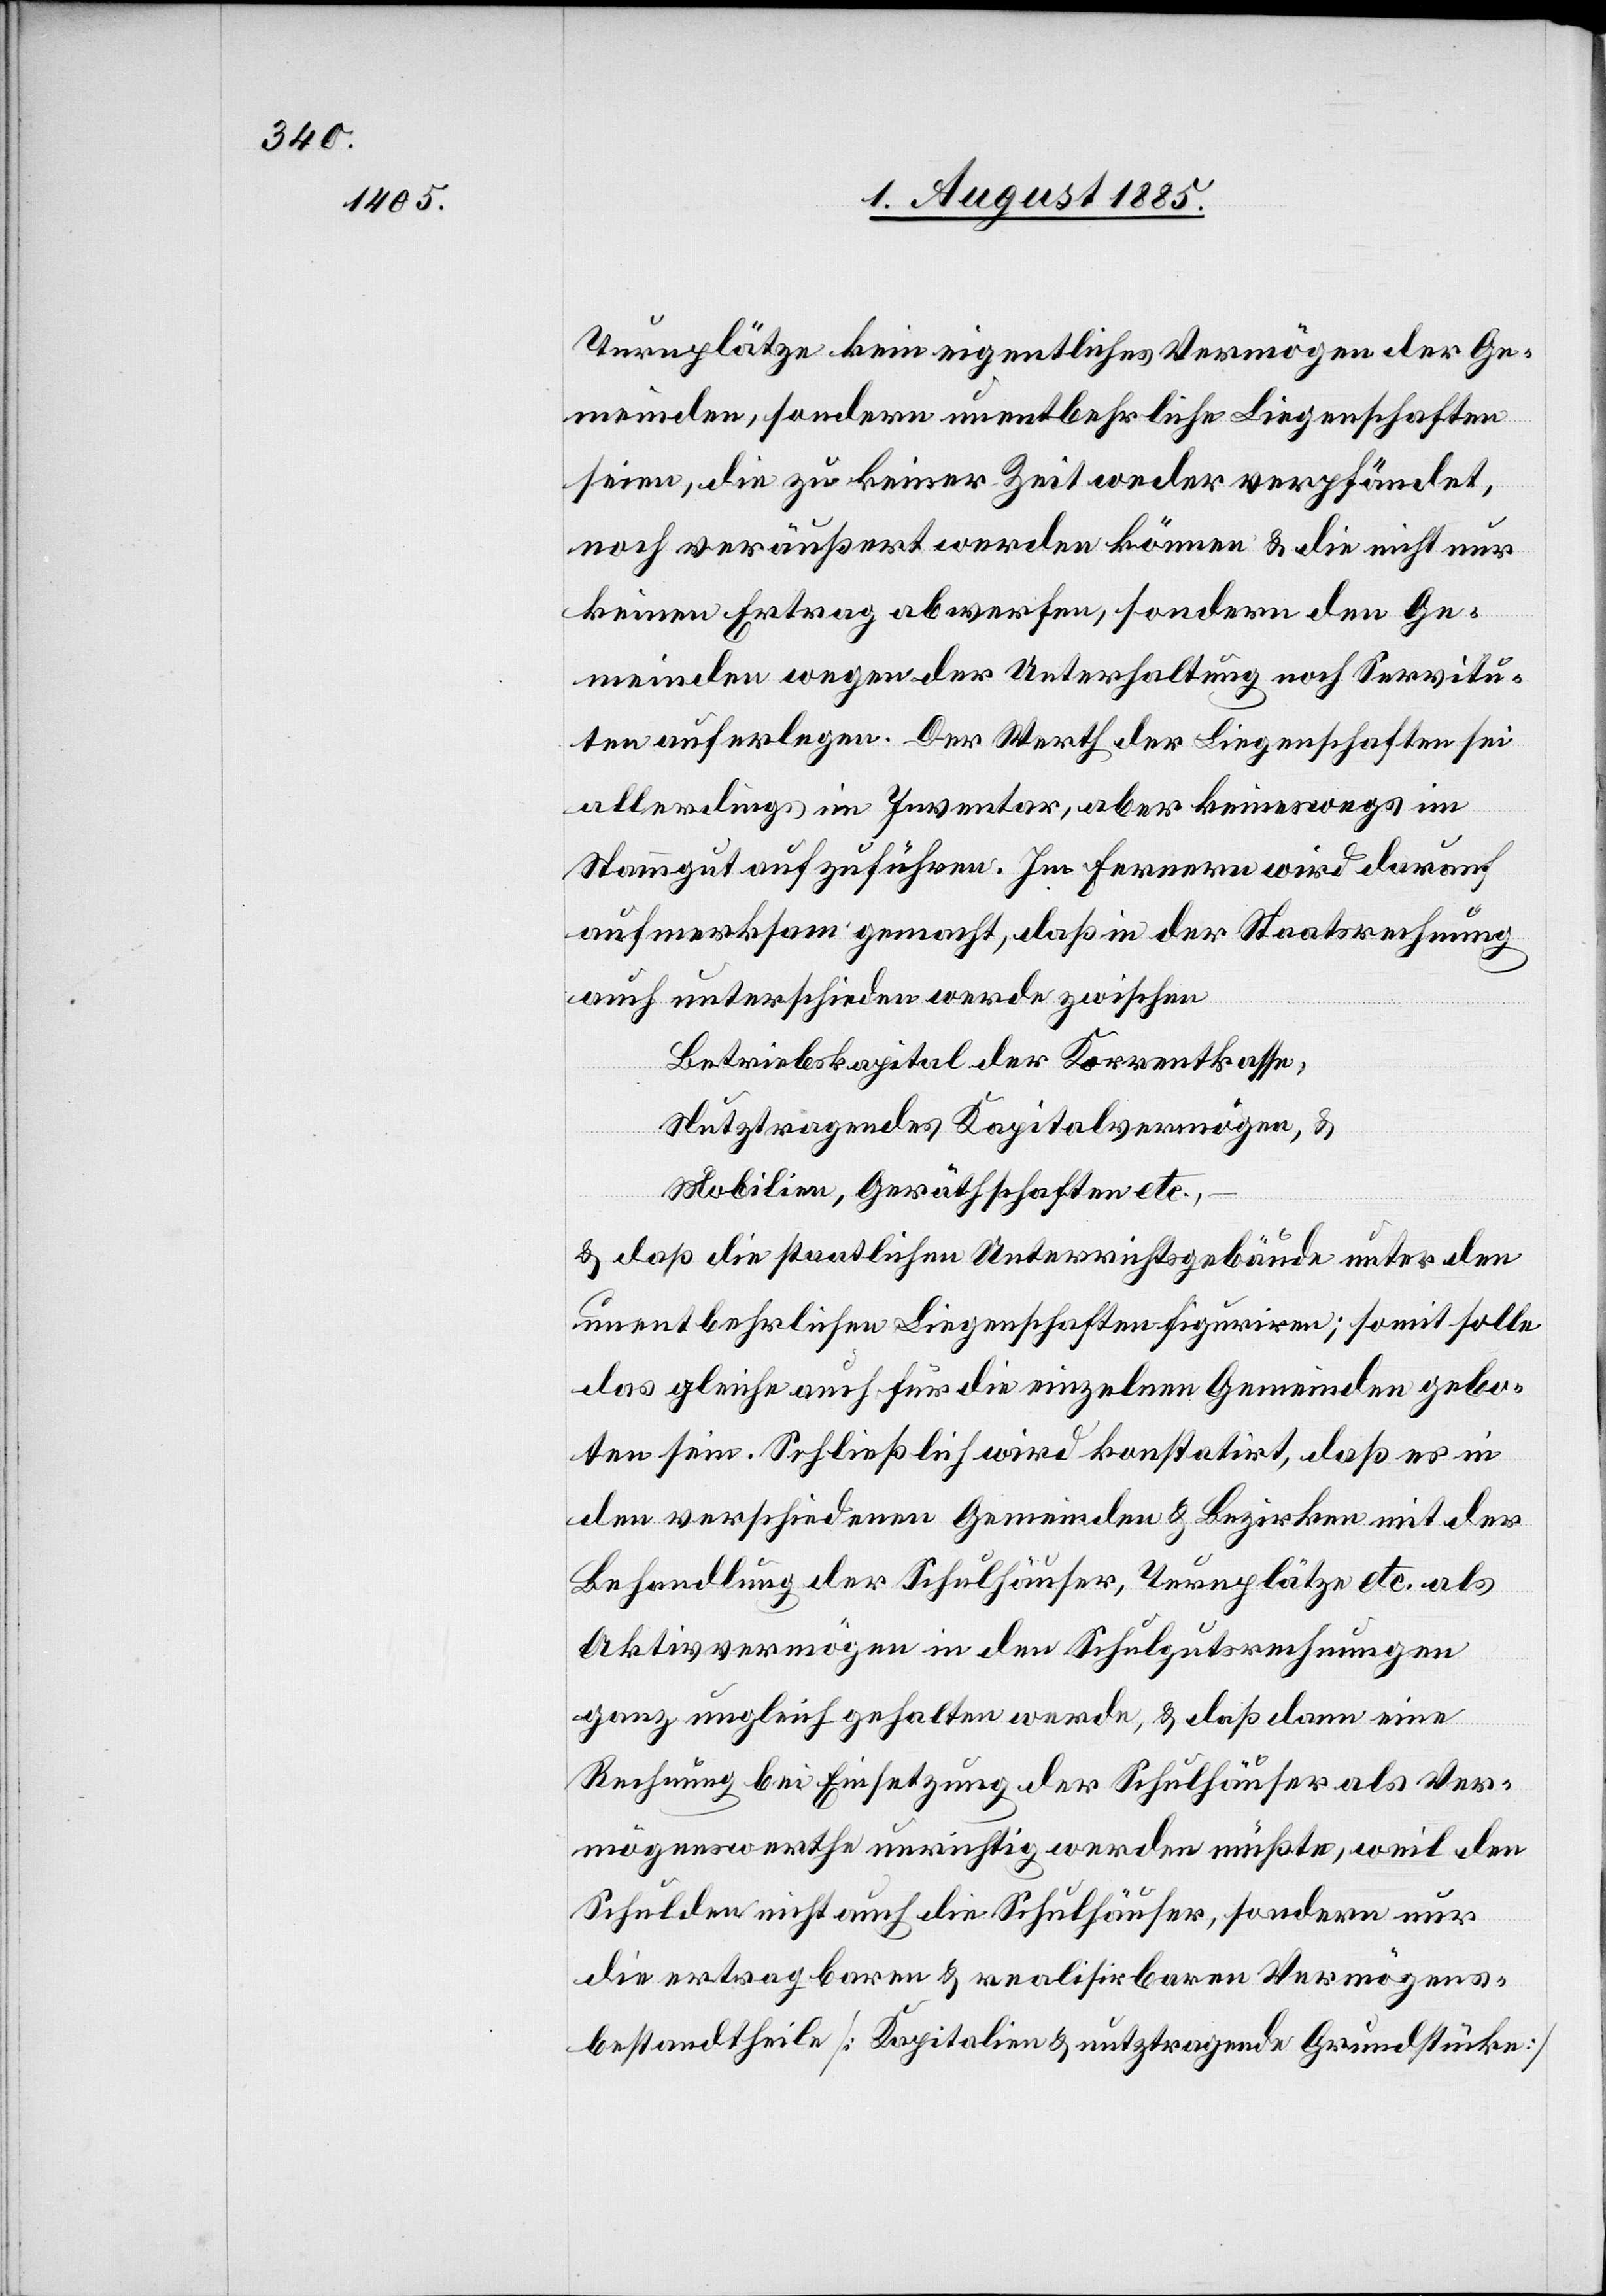
Turnplätze kein eigentliches Vermögen der Ge¬
meinden, sondern unentbehrliche Liegenschaften
seien, die zu keiner Zeit weder verpfändet,
noch veräußert werden können & die nicht nur
keinen Ertrag abwerfen, sondern den Ge¬
meinden wegen der Unterhaltung noch Servitu¬
ten auferlegen. Der Werth der Liegenschaften sei
allerdings im Inventar, aber keineswegs im
Stammgut aufzuführen. Im Fernern wird darauf
aufmerksam gemacht, daß in der Staatsrechnung
auch unterschieden werde zwischen
Betriebskapital der Korrentkasse,
Nutztragendes Kapitalvermögen, &
Mobilien, Geräthschaften etc.,
–
& daß die staatlichen Unterrichtsgebäude unter den
unentbehrlichen Liegenschaften figuriren; somit solle
das gleiche auch für die einzelnen Gemeinden gebo¬
ten sein. Schließlich wird konstatirt, daß es in
den verschiedenen Gemeinden & Bezirken mit der
Behandlung der Schulhäuser, Turnplätze etc. als
Aktivvermögen in den Schulgutsrechnungen
ganz ungleich gehalten werde, & daß dann eine
Rechnung bei Einsetzung der Schulhäuser als Ver¬
mögenswerthe unrichtig werden müßte, weil den
Schulden nicht auch die Schulhäuser, sondern nur
die ertragbaren & realisirbaren Vermögens¬
bestandtheile [Kapitalien & nutztragende Grundstücke]